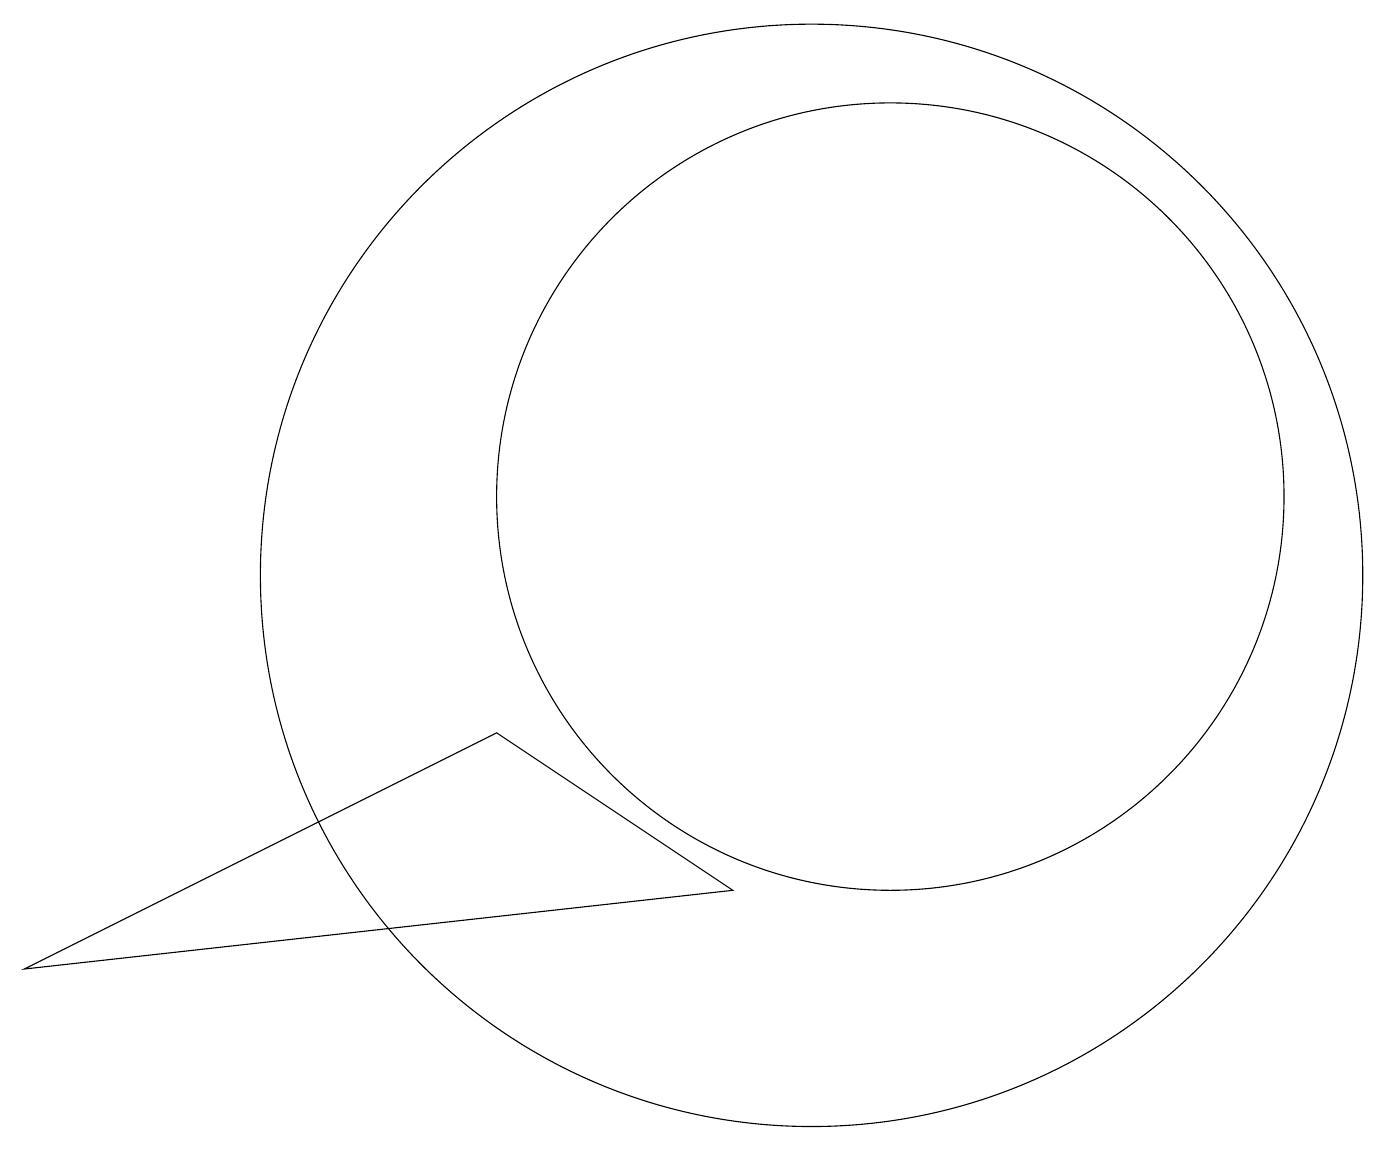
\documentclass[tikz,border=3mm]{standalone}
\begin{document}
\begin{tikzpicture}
\draw (10,11) circle (7);
\draw (11,12) circle (5);
\draw (0,6) -- (9,7) -- (6,9) -- cycle;
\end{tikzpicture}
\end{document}